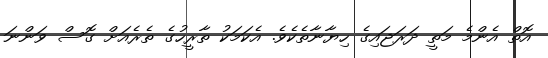
އޮތް އެންމެ މަތީ ދަރަޖައިގެ ހިޔާނާތެކެވެ. އެކަމަކު ތާރީހުގެ ތެރެއަށް ގޮސް ވަންނަ